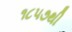
૧૮૫૭થી